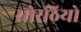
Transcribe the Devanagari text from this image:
सोरठियो